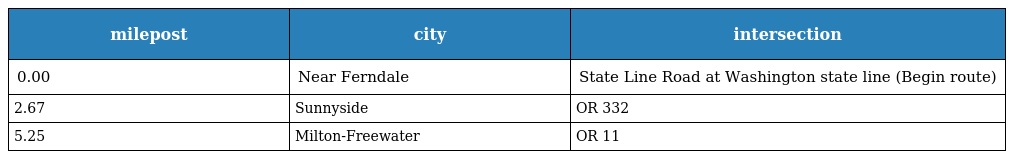
| milepost | city | intersection |
 | --- | --- | --- |
 | 0.00 | Near Ferndale | State Line Road at Washington state line (Begin route) |
 | 2.67 | Sunnyside | OR 332 |
 | 5.25 | Milton-Freewater | OR 11 |